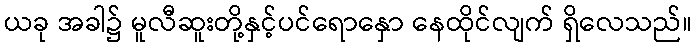
ယခု အခါ၌ မူလီဆူးတို့နှင့်ပင်ရောနှော နေထိုင်လျက် ရှိလေသည်။